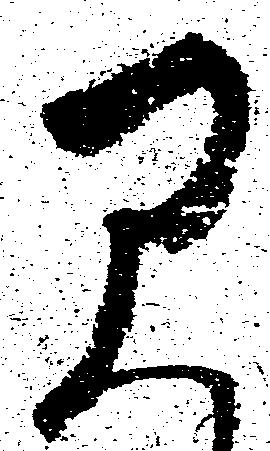
早